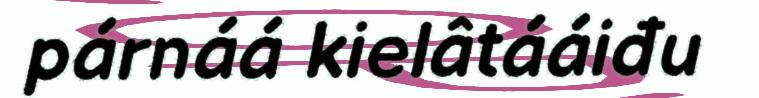
párnáá kielâtááiđu